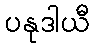
ပနုဒါယီ